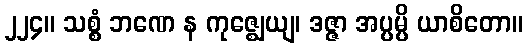
၂၂၄။ သစ္စံ ဘဏေ န ကုဇ္ဈေယျ၊ ဒဇ္ဇာ အပ္ပမ္ပိ ယာစိတော။